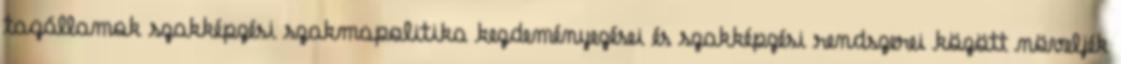
tagállamok szakképzési szakmapolitika kezdeményezései és szakképzési rendszerei között növeljék